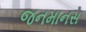
જનમાનસ